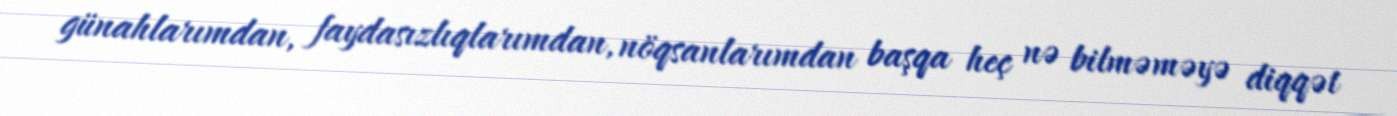
günahlarımdan, faydasızlıqlarımdan, nöqsanlarımdan başqa heç nə bilməməyə diqqət